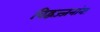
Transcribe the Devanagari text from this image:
विद्वज्जनांना